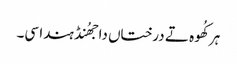
ہر کُھوہ تے درختاں دا جھُنڈ ہندا سی۔